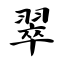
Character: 翠